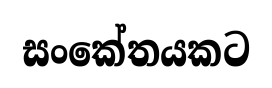
සංකේතයකට